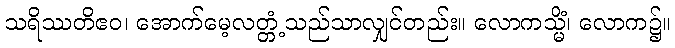
သရိဿတိဧဝ၊ အောက်မေ့လတ္တံ့သည်သာလျှင်တည်း။ လောကသ္မိံ၊ လောက၌။